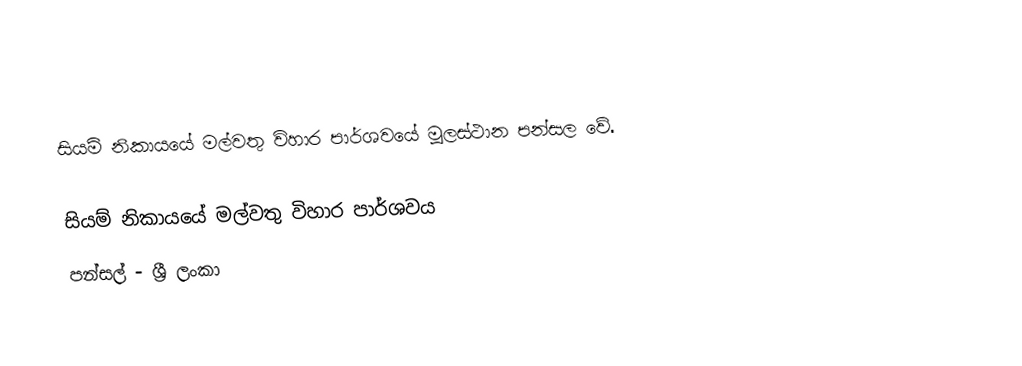
සියම් නිකායයේ මල්වතු විහාර පාර්ශවයේ මූලස්ථාන පන්සල වේ.

සියම් නිකායයේ මල්වතු විහාර පාර්ශවය
පන්සල් - ශ්‍රී ලංකා